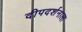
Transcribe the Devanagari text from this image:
दीपदर्शनाला